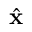
\hat { \bf x }